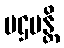
ပဌမန္တိ